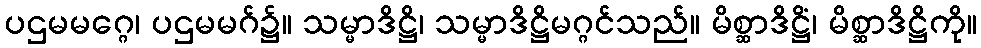
ပဌမမဂ္ဂေ၊ ပဌမမဂ်၌။ သမ္မာဒိဋ္ဌိ၊ သမ္မာဒိဋ္ဌိမဂ္ဂင်သည်။ မိစ္ဆာဒိဋ္ဌိံ၊ မိစ္ဆာဒိဋ္ဌိကို။